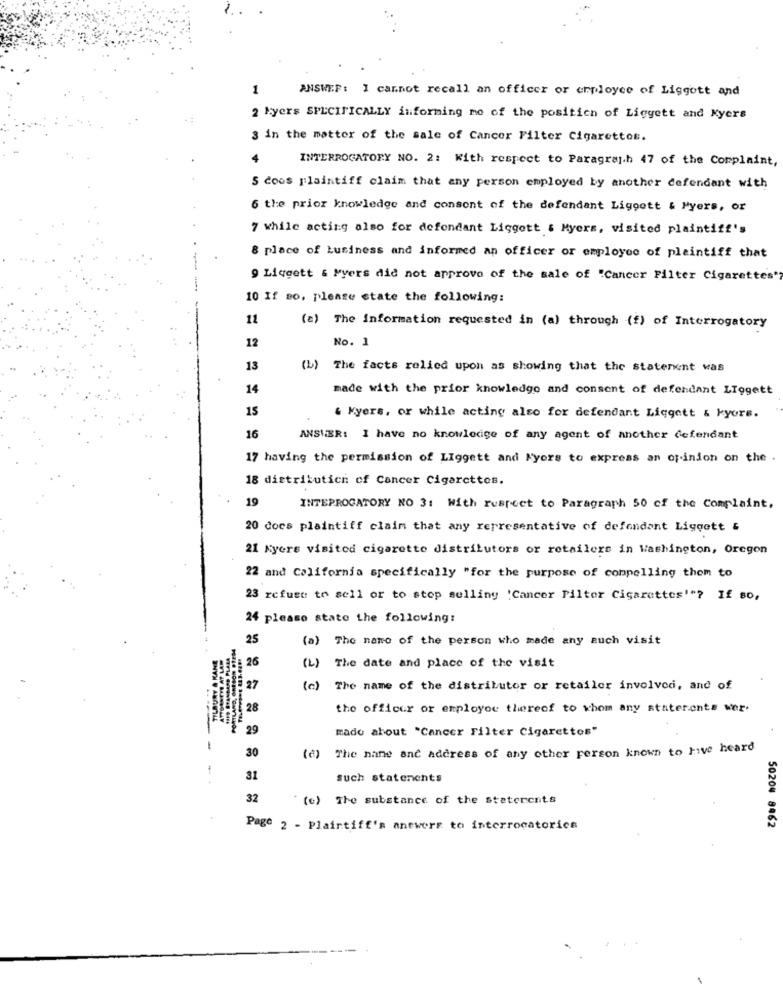
1
ANSWER: 1 carnot recall an officer or employee of Liggott and
2 kyers SPECIFICALLY informing mo of the position of Liggett and Kyers
3 in the matter of the sale of Cancer Filter Cigarettes.
4
INTERROGATORY NO. 2: With respect to Paragraph 47 of the Complaint,
S coos plaintiff claim that any person employed by another defendant with
6 the prior knowledge and consont of the defendant Ligoott & Myers, or
7 while acting also for defendant Liggett & Myers, visited plaintiff's
8 place of business and informed an officer or employee of plaintiff that
9 Liggett & Myers did not approve of the sale of "Cancer Filter Cigarettes"
10 If so. please state the following:
11
(a) The information requested in (a) through (f) of Interrogatory
12
No. 1
13
(b) The facts relied upon as showing that the statenent was
14
made with the prior knowledge and consent of defendant LTogett
15
& Kyers, or while acting also for defendant Liggett & kyors.
16
ANSWER: I have no knowledge of any agent of another defendant
17 having the permission of Liggett and Kyors to express an opinion on the .
18 distributich of Cancer Cigarettes.
19
INTERROGATORY NO 3: With respect to Paragraph 50 of the Complaint,
20 docs plaintiff claim that any representative of defendant Liggott &
21 Kyere visited cigarette distributors or retailers in Washington, Oregon
22 and California specifically "for the purpose of compelling them to
23 refuse to sell or to stop selling 'Cancer Filter Cigarettes""? If so,
24 please stato the following:
PORTLAND, GRESOR PIEDS
25
(a) The name of the person who made any auch visit
TILBURY & KANE
ATTORNEYS AT LAW
1119 STANDARD PLARA
26
(L) The date and place of the visit
27
(c)
The name of the distributor or retailer involved, and of
28
the officer or employou thereof to whom any staterente wer.
29
made about "Cancer Filter Cigarettes"
30
The nane anc address of any other person known to Five heard
(2)
31
such statenents
32
(c) The substance of the staterents
Page 2 - Plaintiff's anewers to interrogatorica
50204 8462